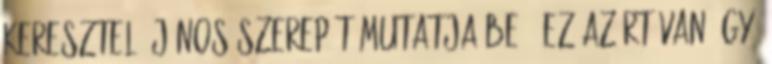
Keresztelő János szerepét mutatja be. Ez azért van így,